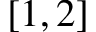
[ 1 , 2 ]